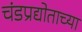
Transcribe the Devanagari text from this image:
चंडप्रद्योताच्या